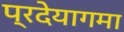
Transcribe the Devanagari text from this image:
प्रदेयागमा